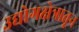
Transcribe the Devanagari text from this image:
उद्योगक्षेत्रातून